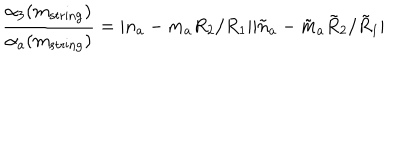
LaTeX: \frac { \alpha _ { 3 } ( m _ { \mathrm { s t r i n g } } ) } { \alpha _ { a } ( m _ { \mathrm { s t r i n g } } ) } = | n _ { a } - m _ { a } R _ { 2 } / R _ { 1 } | | \tilde { n } _ { a } - \tilde { m } _ { a } \tilde { R } _ { 2 } / \tilde { R } _ { 1 } |